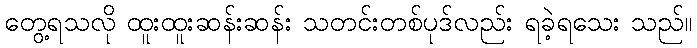
တွေ့ရသလို ထူးထူးဆန်းဆန်း သတင်းတစ်ပုဒ်လည်း ရခဲ့ရသေး သည်။